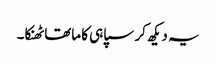
یہ دیکھ کر سپاہی کا ماتھا ٹھنکا۔